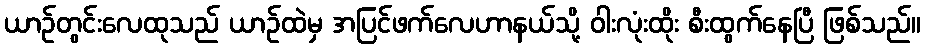
ယာဉ်တွင်းလေထုသည် ယာဉ်ထဲမှ အပြင်ဖက်လေဟာနယ်သို့ ဝါးလုံးထိုး စီးထွက်နေပြီ ဖြစ်သည်။